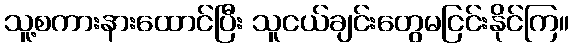
သူ့စကားနားထောင်ပြီး သူငယ်ချင်းတွေမငြင်းနိုင်ကြ။